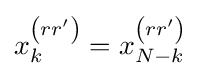
x_{k}^{\left(rr'\right)}=x_{N-k}^{\left(rr'\right)}